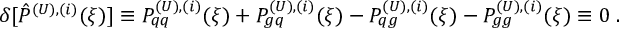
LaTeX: \delta [ \hat { P } ^ { ( U ) , ( i ) } ( \xi ) ] \equiv P _ { q q } ^ { ( U ) , ( i ) } ( \xi ) + P _ { g q } ^ { ( U ) , ( i ) } ( \xi ) - P _ { q g } ^ { ( U ) , ( i ) } ( \xi ) - P _ { g g } ^ { ( U ) , ( i ) } ( \xi ) \equiv 0 \; .